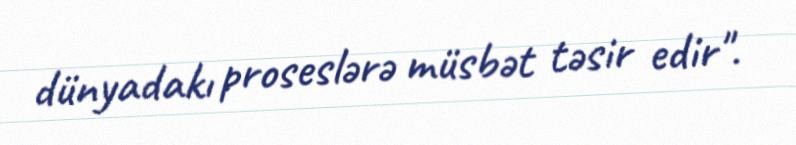
dünyadakı proseslərə müsbət təsir edir".